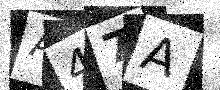
Text: A47A